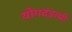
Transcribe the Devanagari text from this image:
योगदंडाची